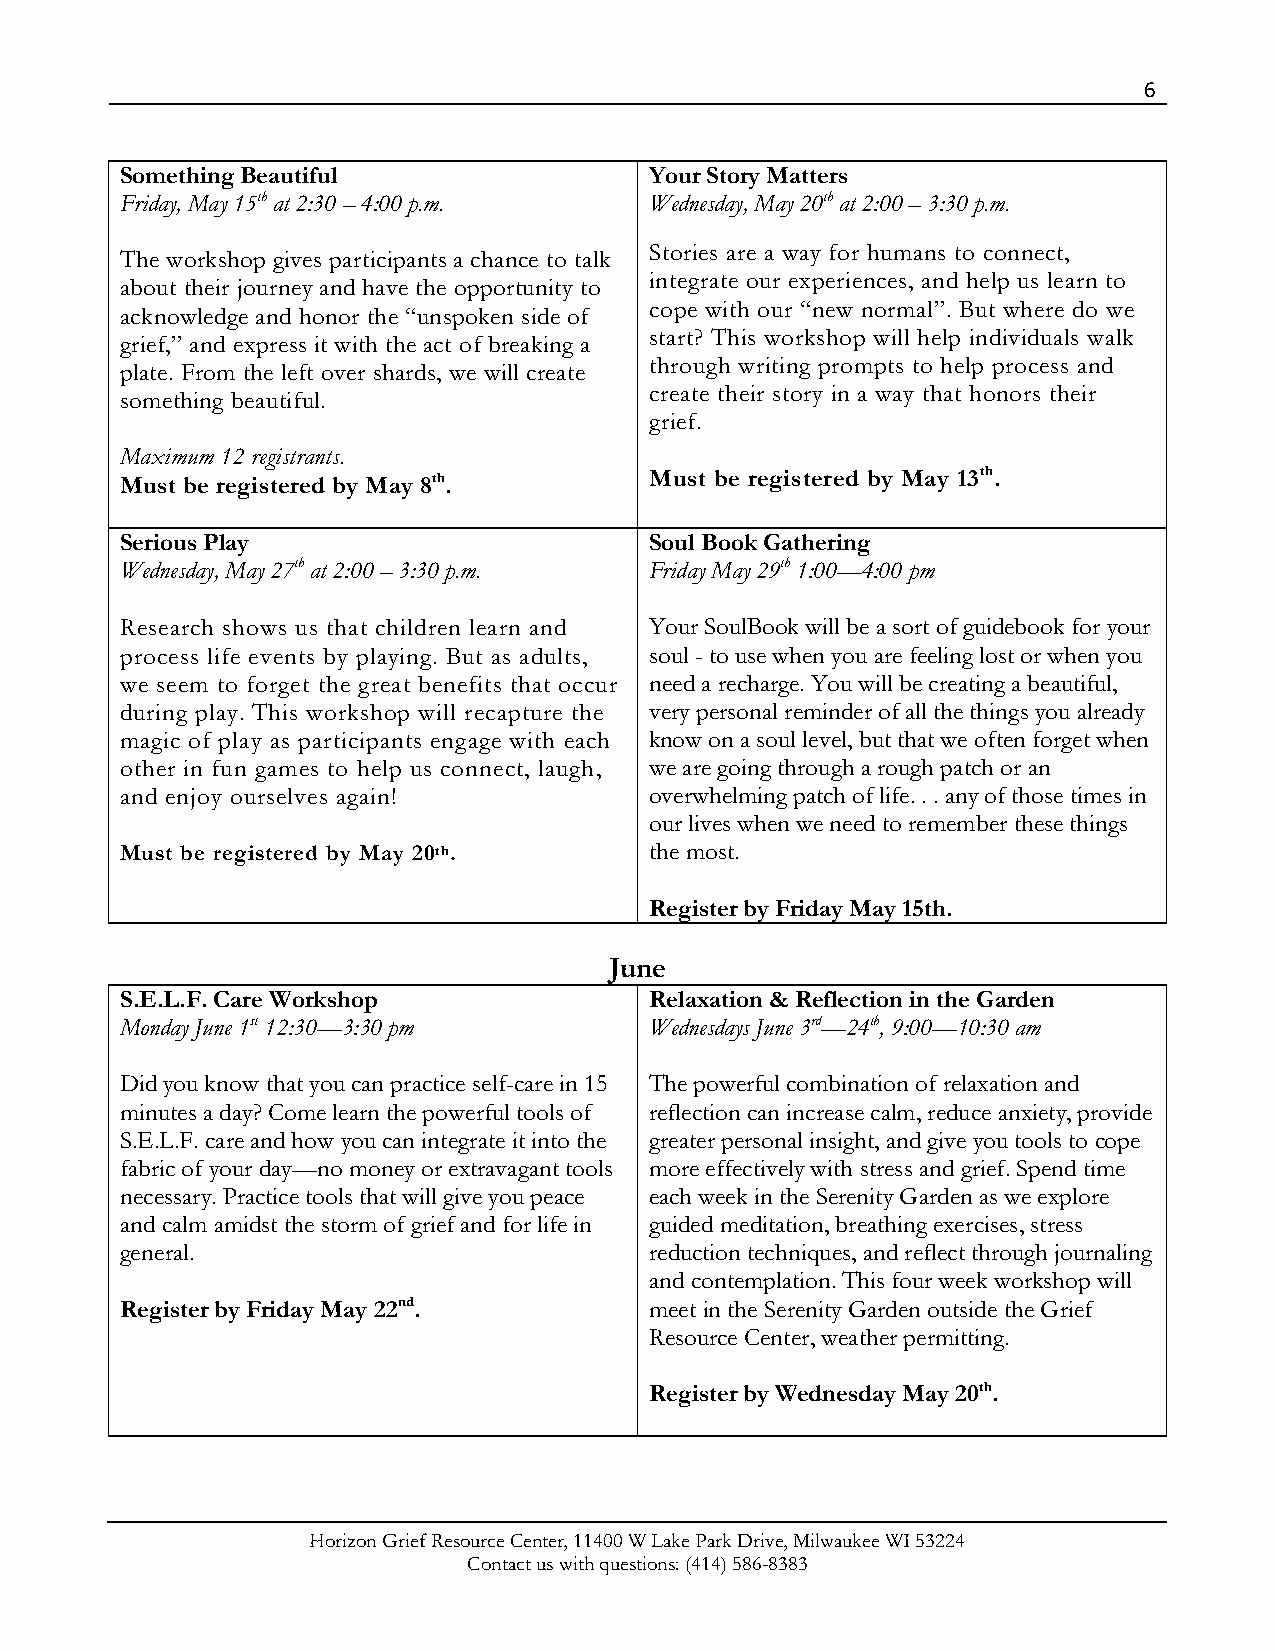
6
 Something Beautiful                Your Story Matters
 Friday, May 15th at 2:30 – 4:00 p.m. Wednesday, May 20th at 2:00 – 3:30 p.m.
 Stories are a way for humans to connect,
 The workshop gives participants a chance to talk
 integrate our experiences, and help us learn to
 about their journey and have the opportunity to
 cope with our “new normal”. But where do we
 acknowledge and honor the “unspoken side of
 start? This workshop will help individuals walk
 grief,” and express it with the act of breaking a
 through writing prompts to help process and
 plate. From the left over shards, we will create
 create their story in a way that honors their
 something beautiful.
 grief.
 Maximum 12 registrants.
 Must be registered by May 8th.     Must be registered by May 13th.
 Serious Play                       Soul Book Gathering
 Wednesday, May 27th at 2:00 – 3:30 p.m. Friday May 29th 1:00—4:00 pm
 Research shows us that children learn and Your SoulBook will be a sort of guidebook for your
 process life events by playing. But as adults, soul - to use when you are feeling lost or when you
 we seem to forget the great benefits that occur need a recharge. You will be creating a beautiful,
 during play. This workshop will recapture the very personal reminder of all the things you already
 magic of play as participants engage with each know on a soul level, but that we often forget when
 other in fun games to help us connect, laugh, we are going through a rough patch or an
 and enjoy ourselves again!         overwhelming patch of life. . . any of those times in
 our lives when we need to remember these things
 Must be registered by May 20th.    the most.
 Register by Friday May 15th.
 June
 S.E.L.F. Care Workshop             Relaxation & Reflection in the Garden
 Monday June 1st 12:30—3:30 pm      Wednesdays June 3rd—24th, 9:00—10:30 am
 Did you know that you can practice self-care in 15 The powerful combination of relaxation and
 minutes a day? Come learn the powerful tools of reflection can increase calm, reduce anxiety, provide
 S.E.L.F. care and how you can integrate it into the greater personal insight, and give you tools to cope
 fabric of your day—no money or extravagant tools more effectively with stress and grief. Spend time
 necessary. Practice tools that will give you peace each week in the Serenity Garden as we explore
 and calm amidst the storm of grief and for life in guided meditation, breathing exercises, stress
 general.                           reduction techniques, and reflect through journaling
 and contemplation. This four week workshop will
 Register by Friday May 22nd.       meet in the Serenity Garden outside the Grief
 Resource Center, weather permitting.
 Register by Wednesday May 20th.
 Horizon Grief Resource Center, 11400 W Lake Park Drive, Milwaukee WI 53224
 Contact us with questions: (414) 586-8383